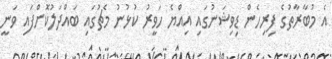
އެ މުބާރާތުގެ ފިރިހެން ޑިވިޝަނުގައި އިއްޔެ ހަވީރު ކުޅުނު މެޗުގައި ބައްދަލުކޮށްފައި ވަނީ